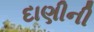
દાણીની